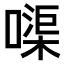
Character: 𠹱